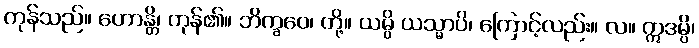
ကုန်သည်။ ဟောန္တိ၊ ကုန်၏။ ဘိက္ခဝေ၊ တို့။ ယမ္ပိ ယသ္မာပိ၊ ကြောင့်လည်း။ လ။ ဣဒမ္ပိ၊